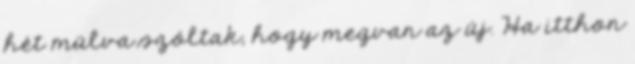
hét múlva szóltak, hogy megvan az új. Ha itthon